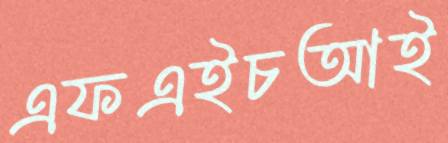
এফএইচআই